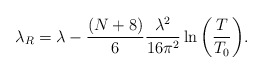
\begin{align*}\lambda_{R}=\lambda-\frac{(N+8)}{6}\frac{\lambda^{2}}{16\pi^{2}}\ln{\left( \frac{T}{T_{0}} \right)}.\end{align*}